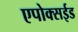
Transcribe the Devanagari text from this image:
एपोक्सईड